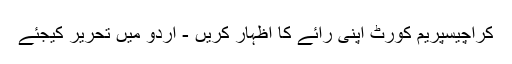
کراچیسپریم کورٹ اپنی رائے کا اظہار کریں - اُردو میں تحریر کیجئے